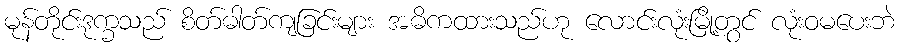
မုန်တိုင်းဒုက္ခသည် စိတ်ဓါတ်ကျခြင်းများ အဓိကထားသည်ဟု လောင်းလုံးမြို့တွင် လုံးဝမပေးဘဲ